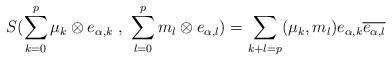
LaTeX: \begin{align*}\displaystyle{S(\sum_{k=0}^{p} \mu_k \otimes e_{\alpha,k}\ ,\ \sum_{l=0}^{p} m_l \otimes e_{\alpha,l})= \sum_{k+l=p} (\mu_k , m_l)}e_{\alpha,k}\overline{e_{\alpha,l}}\end{align*}